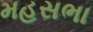
મહસભા